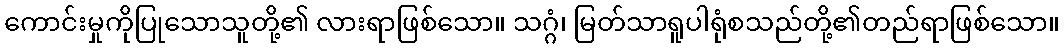
ကောင်းမှုကိုပြုသောသူတို့၏ လားရာဖြစ်သော။ သဂ္ဂံ၊ မြတ်သာရူပါရုံစသည်တို့၏တည်ရာဖြစ်သော။